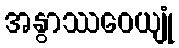
အနွာဿဝေယျုံ